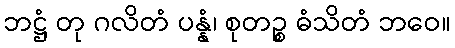
ဘဋ္ဌံ တု ဂလိတံ ပန္နံ၊ စုတဉ္စ ဓံသိတံ ဘဝေ။